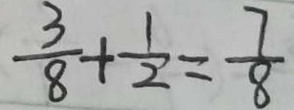
\frac { 3 } { 8 } + \frac { 1 } { 2 } = \frac { 7 } { 8 }